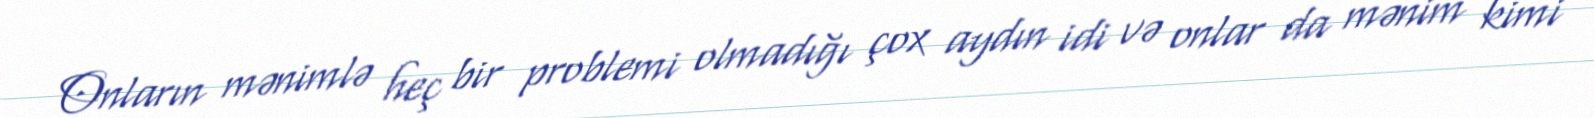
Onların mənimlə heç bir problemi olmadığı çox aydın idi və onlar da mənim kimi